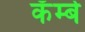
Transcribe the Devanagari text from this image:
कॅम्बे